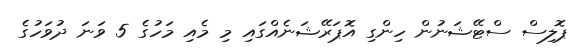
ޕޮލިސް ސްޓޭޝަނުން ހިންގި އޮޕަރޭޝަނެއްގައި މި މެއި މަހުގެ 5 ވަނަ ދުވަހުގެ